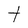
Character: t